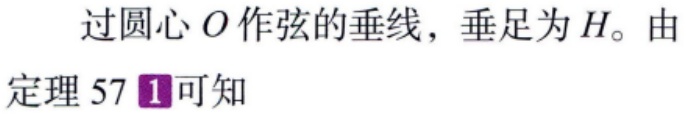
过圆心\(O\)作弦的垂线，垂足为\(H\)。由定理 57\(1\)可知